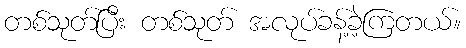
တစ်သုတ်ပြီး တစ်သုတ် အလုပ်ခန့်ခဲ့ကြတယ်။